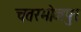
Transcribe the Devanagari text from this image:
चतरभोजपुर